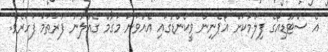
އެ ސްޓޫޑިއޯގެ ފިލްމަކަށް އޯޕެނިން ވީކެންޑުގައި އެއްވަނަ މަގާމް ގެއްލުނު ފުރަތަމަ ފަހަރެވެ.